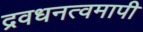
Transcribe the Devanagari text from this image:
द्रवधनत्वमापी